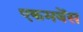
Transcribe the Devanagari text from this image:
एकमबेंस